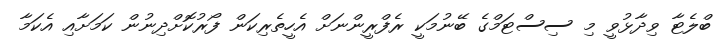
ބްލެޓާ ވިދާޅުވީ މި ސިސްޓަމްގެ ބޭނުމަކީ ރެފްރީންނަށް އެހީތެރިކަން ފޯރުކޮށްދިނުން ކަމަށާއި އެކަމާ